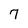
Character: 7